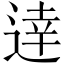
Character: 逹